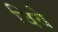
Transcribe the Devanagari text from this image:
विवे